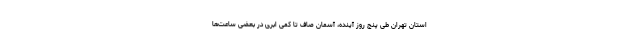
استان تهران طی پنج روز آینده، آسمان صاف تا کمی ابری در بعضی ساعت‌ها